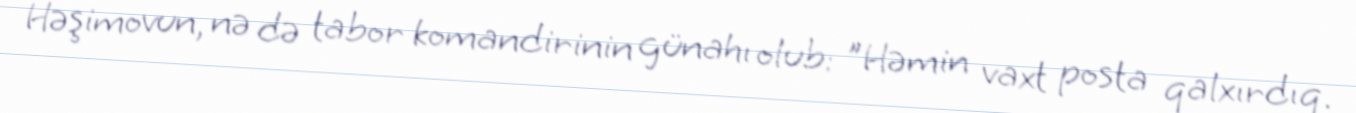
Həşimovun, nə də tabor komandirinin günahı olub: "Həmin vaxt posta qalxırdıq.